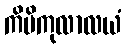
ကိမိကုလာလယံ